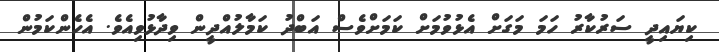
ކިޔައިދީ ސަރުކާރު ހަމަ މަގަށް އެޅުވުމަށް ކަމަށްވެސް އަބްދު ކަމާލުއްދީން ވިދާޅުވިއެވެ. އެހެންކަމުން